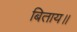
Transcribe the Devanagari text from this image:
बिताय॥